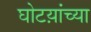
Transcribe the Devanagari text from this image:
घोटय़ांच्या